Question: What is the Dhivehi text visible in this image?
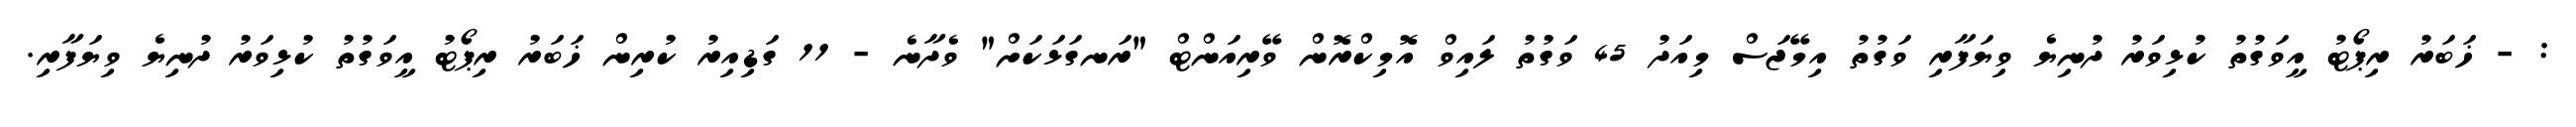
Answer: : - ޚަބަރު ރިޕޯޓު އީވަގުތު ކުޅިވަރު ދުނިޔެ ވިޔަފާރި ވަގުތު އިމޭޖަސް މިއަދު 45 ވަގުތު ލައިވް އޮމިކްރޮން ވޭރިއަންޓް "ރަނގަޅަކަށް" ވެދާނެ - 11 ގަޑިއިރު ކުރިން ޚަބަރު ރިޕޯޓު އީވަގުތު ކުޅިވަރު ދުނިޔެ ވިޔަފާރި.